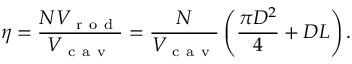
\eta = \frac { N V _ { \mathrm { ~ r ~ o ~ d ~ } } } { V _ { \mathrm { ~ c ~ a ~ v ~ } } } = \frac { N } { V _ { \mathrm { ~ c ~ a ~ v ~ } } } \left( \frac { \pi D ^ { 2 } } { 4 } + D L \right) .